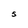
Character: S